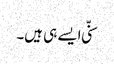
سنّی ایسے ہی ہیں۔